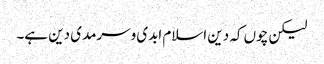
لیکن چوں کہ دین اسلام ابدی وسرمدی دین ہے۔